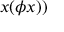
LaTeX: x ( \phi x ) )